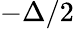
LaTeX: -\Delta/2